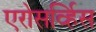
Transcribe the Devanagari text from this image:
एरोसर्व्हिस